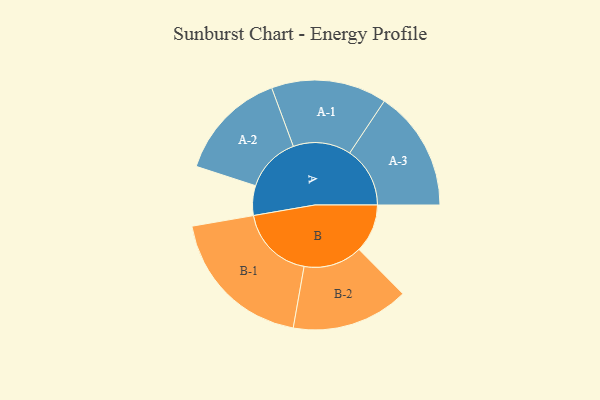
{"axis": {"x": "Segment", "y": "Value"}, "legend": ["", "A", "B"], "data": [{"x": "A", "y": 108, "type": ""}, {"x": "B", "y": 176, "type": ""}, {"x": "A-1", "y": 210, "type": "A"}, {"x": "A-2", "y": 201, "type": "A"}, {"x": "A-3", "y": 219, "type": "A"}, {"x": "B-1", "y": 273, "type": "B"}, {"x": "B-2", "y": 213, "type": "B"}]}